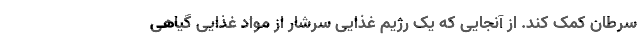
سرطان کمک کند. از آنجایی که یک رژیم غذایی سرشار از مواد غذایی گیاهی